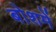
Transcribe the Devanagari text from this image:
बोशमें